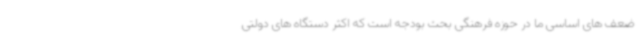
ضعف های اساسی ما در حوزه فرهنگی بحث بودجه است که اکثر دستگاه های دولتی